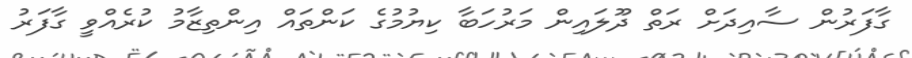
ގާފަރުން ސާއިދަށް ރަތް ދޫލައިން މަރުހަބާ ކިޔުމުގެ ކަންތައް އިންތިޒާމު ކުރެއްވީ ގާފަރު